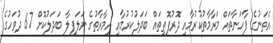
އެތަނުގެ ފާހަނާތައް މަރާމާތުކުރުމާއި ދޮރުފޮތިތައް ބަދަލުކުރުމާއި އިމާރާތުގެ ނަލަފިލާ ބަދަލުކޮށް 67 ދުވަހުގެ